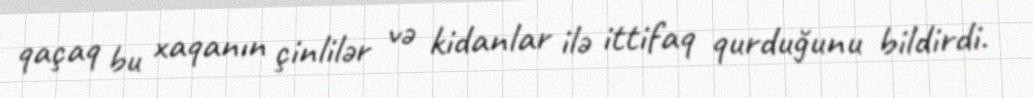
qaçaq bu xaqanın çinlilər və kidanlar ilə ittifaq qurduğunu bildirdi.